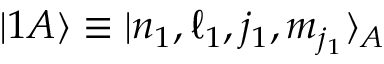
| 1 A \rangle \equiv | n _ { 1 } , \ell _ { 1 } , j _ { 1 } , m _ { j _ { 1 } } \rangle _ { A }